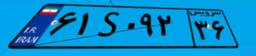
۱۶S۶۱۵۶۴